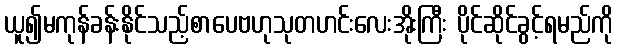
ယူ၍မကုန်ခန်းနိုင်သည့်စာပေဗဟုသုတဟင်းလေးအိုးကြီး ပိုင်ဆိုင်ခွင့်ရမည်ကို